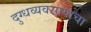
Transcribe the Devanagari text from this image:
दुग्धव्यवसायाचा